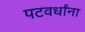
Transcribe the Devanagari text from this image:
पटवर्धांना